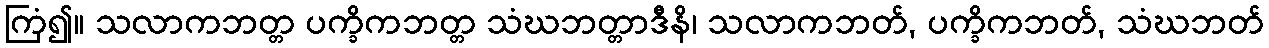
ကြံ၍။ သလာကဘတ္တ ပက္ခိကဘတ္တ သံဃဘတ္တာဒီနိ၊ သလာကဘတ်, ပက္ခိကဘတ်, သံဃဘတ်